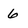
Character: 6